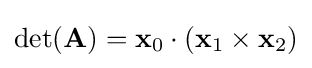
\det(\mathbf {A} )=\mathbf {x} _{0}\cdot (\mathbf {x} _{1}\times \mathbf {x} _{2})